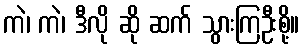
ကဲ၊ ကဲ၊ ဒီလို ဆို ဆက် သွားကြဦးစို့။